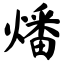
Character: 燔